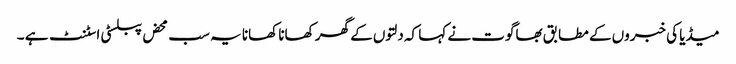
میڈیا کی خبروں کے مطابق بھاگوت نے کہا کہ دلتوں کے گھر کھانا کھانا یہ سب محض پبلسٹی اسٹنٹ ہے ۔